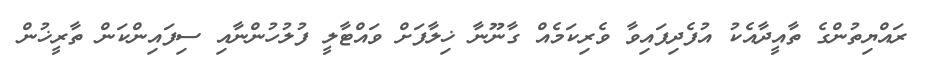
ރައްޔިތުންގެ ތާއީދާއެކު އުފެދިފައިވާ ވެރިކަމެއް ގާނޫނާ ޚިލާފަށް ވައްޓާލީ ފުލުހުންނާއި ސިފައިންކަން ތާރީޚުން